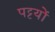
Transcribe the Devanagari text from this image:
पट्टयों